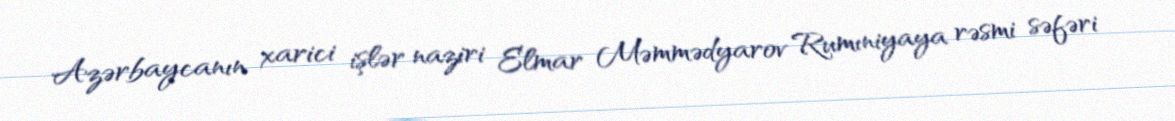
Azərbaycanın xarici işlər naziri Elmar Məmmədyarov Rumıniyaya rəsmi səfəri